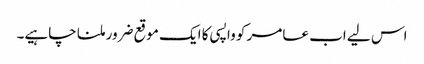
اس لیے اب عامر کو واپسی کا ایک موقع ضرور ملنا چاہیے۔